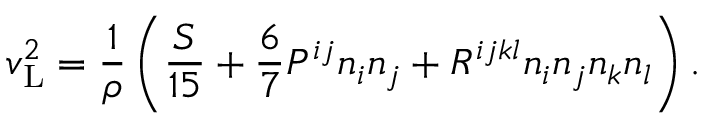
v _ { \mathrm { { L } } } ^ { 2 } = { \frac 1 { \rho } \left( { \frac { S } { 1 5 } + \frac 6 7 P ^ { i j } n _ { i } n _ { j } + R ^ { i j k l } n _ { i } n _ { j } n _ { k } n _ { l } } \right) } \, .